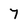
Character: 7